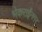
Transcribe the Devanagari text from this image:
भेकराईनगर